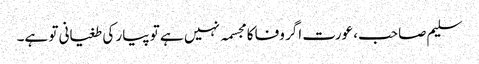
سلیم صاحب، عورت اگر وفا کا مجسمہ نہیں ہے تو پیار کی طغیانی تو ہے۔